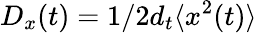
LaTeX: D_{x}(t)=1/2d_{t}\langle x^{2}(t)\rangle